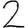
Digit: 2